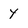
Character: y